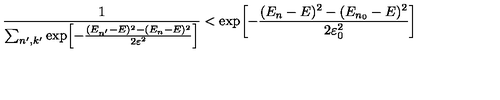
{ \frac { 1 } { \sum _ { n ^ { \prime } , k ^ { \prime } } \exp \! \left[ { - { \frac { ( E _ { n ^ { \prime } } - E ) ^ { 2 } - ( E _ { n } - E ) ^ { 2 } } { 2 \varepsilon ^ { 2 } } } } \right] } } < \exp \! \left[ { - { \frac { ( E _ { n } - E ) ^ { 2 } - ( E _ { n _ { 0 } } - E ) ^ { 2 } } { 2 \varepsilon _ { 0 } ^ { 2 } } } } \right]